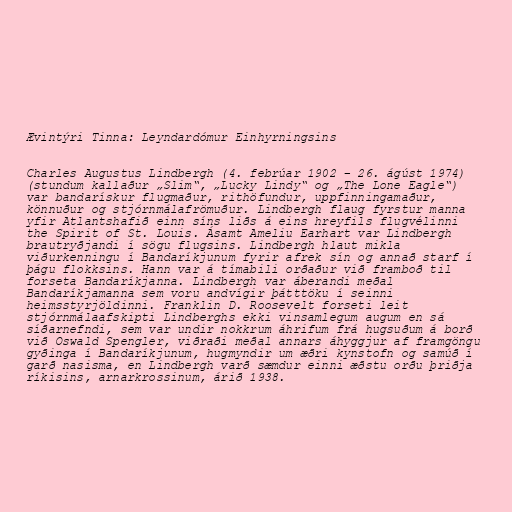
Ævintýri Tinna: Leyndardómur Einhyrningsins

Charles Augustus Lindbergh (4. febrúar 1902 – 26. ágúst 1974)
(stundum kallaður „Slim“, „Lucky Lindy“ og „The Lone Eagle“)
var bandarískur flugmaður, rithöfundur, uppfinningamaður,
könnuður og stjórnmálafrömuður. Lindbergh flaug fyrstur manna
yfir Atlantshafið einn síns liðs á eins hreyfils flugvélinni
the Spirit of St. Louis. Ásamt Ameliu Earhart var Lindbergh
brautryðjandi í sögu flugsins. Lindbergh hlaut mikla
viðurkenningu í Bandaríkjunum fyrir afrek sín og annað starf í
þágu flokksins. Hann var á tímabili orðaður við framboð til
forseta Bandaríkjanna. Lindbergh var áberandi meðal
Bandaríkjamanna sem voru andvígir þátttöku í seinni
heimsstyrjöldinni. Franklin D. Roosevelt forseti leit
stjórnmálaafskipti Lindberghs ekki vinsamlegum augum en sá
síðarnefndi, sem var undir nokkrum áhrifum frá hugsuðum á borð
við Oswald Spengler, viðraði meðal annars áhyggjur af framgöngu
gyðinga í Bandaríkjunum, hugmyndir um æðri kynstofn og samúð í
garð nasisma, en Lindbergh varð sæmdur einni æðstu orðu þriðja
ríkisins, arnarkrossinum, árið 1938.